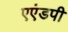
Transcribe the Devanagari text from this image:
एएंडपी